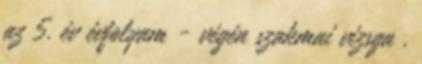
az 5. év évfolyam - végén szakmai vizsga .